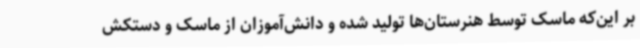
بر این‌که ماسک توسط هنرستان‌ها تولید شده و دانش‌آموزان از ماسک و دستکش